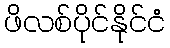
ဖိလစ်ပိုင်နိုင်ငံ